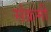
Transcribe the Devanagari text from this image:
संक्रमी